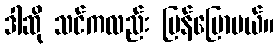
ဒါဆို သင်ကလည်း ပြန်ပြောမယ်။